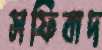
সফিবাদ